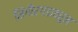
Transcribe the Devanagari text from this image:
सिंगौरगडावरून